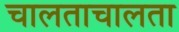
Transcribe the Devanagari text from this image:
चालताचालता